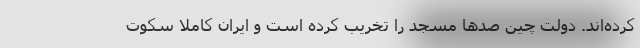
کرده‌اند. دولت چین صدها مسجد را تخریب کرده است و ایران کاملا سکوت